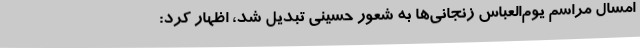
امسال مراسم یوم‌العباس زنجانی‌ها به شعور حسینی تبدیل شد، اظهار کرد: